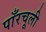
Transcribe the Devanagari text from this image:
पाँरचूली